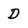
Character: D